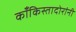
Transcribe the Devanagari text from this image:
काँकिस्तादोरांनी